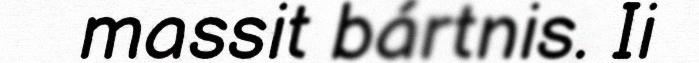
massit bártnis. Ii